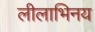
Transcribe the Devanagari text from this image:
लीलाभिनय